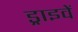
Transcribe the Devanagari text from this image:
ड्राइवें